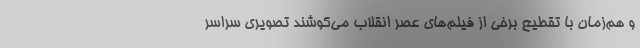
و هم‌زمان با تقطیع برخی از فیلم‌های عصر انقلاب می‌کوشند تصویری سراسر